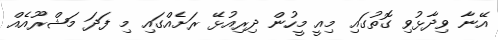
އޭނާ ވިދާޅުވި ގޮތުގައި މިއީ މީހުން ދިރިއުޅޭ ރަށެއްގައި މި ފަދަ މަޝްރޫއެއް